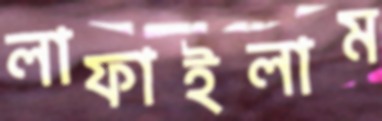
লাফাইলাম